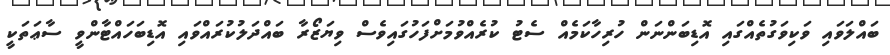
ބައްލަވައި ވަކިވަގުތެއްގައި އޮޑިބަންނަން ހުރިހާކަމެއް ސެޓު ކުރެއްވުމަށްފަހުގައިވެސް ވިޔަޒޯރާ ބައްދަލުކުރައްވައި އޮޑިބަހައްޓާންވީ ސާޢަތަކީ